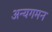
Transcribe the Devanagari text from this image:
अन्यगमन